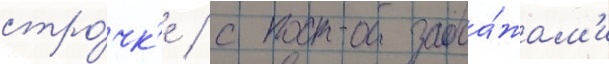
стро́чк'е / с прода́жам'и